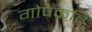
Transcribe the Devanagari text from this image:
गोपकवि